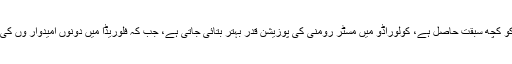
اوہائیو اور ورجینیا میں صدر کو کچھ سبقت حاصل ہے، کولوراڈو میں مسٹر رومنی کی پوزیشن قدر ِبہتر بتائی جاتی ہے، جب کہ فلوریڈا میں دونوں امیدوار وں کی جیت کے یکساں امکانات ہیں۔